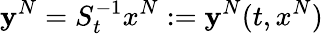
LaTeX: \mathbf{y}^{N}=S_{t}^{-1}x^{N}:=\mathbf{y}^{N}(t,x^{N})